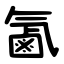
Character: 㲶